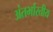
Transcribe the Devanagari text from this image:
अंतर्भारतीय